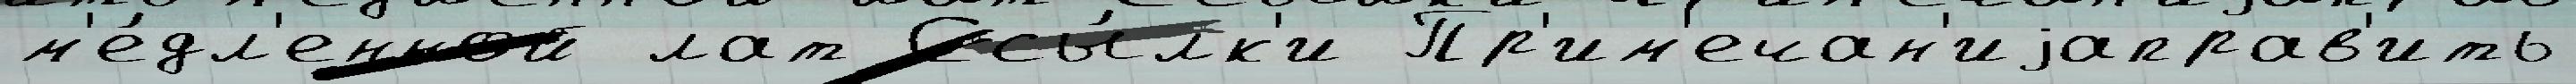
м'е́дл'енной лат Ссы́лк'и Пр'им'ечан'иjаправ'ить